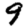
Digit: 9